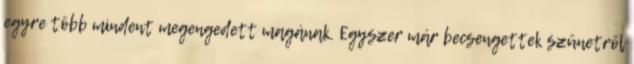
egyre több mindent megengedett magának. Egyszer már becsengettek szünetről